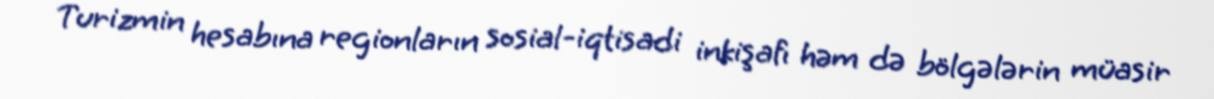
Turizmin hesabına regionların sosial-iqtisadi inkişafı həm də bölgələrin müasir